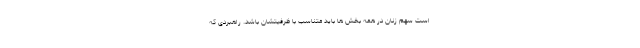
است سهم زنان در همه بخش ها باید متناسب با ظرفیتشان باشد. راهبردی که